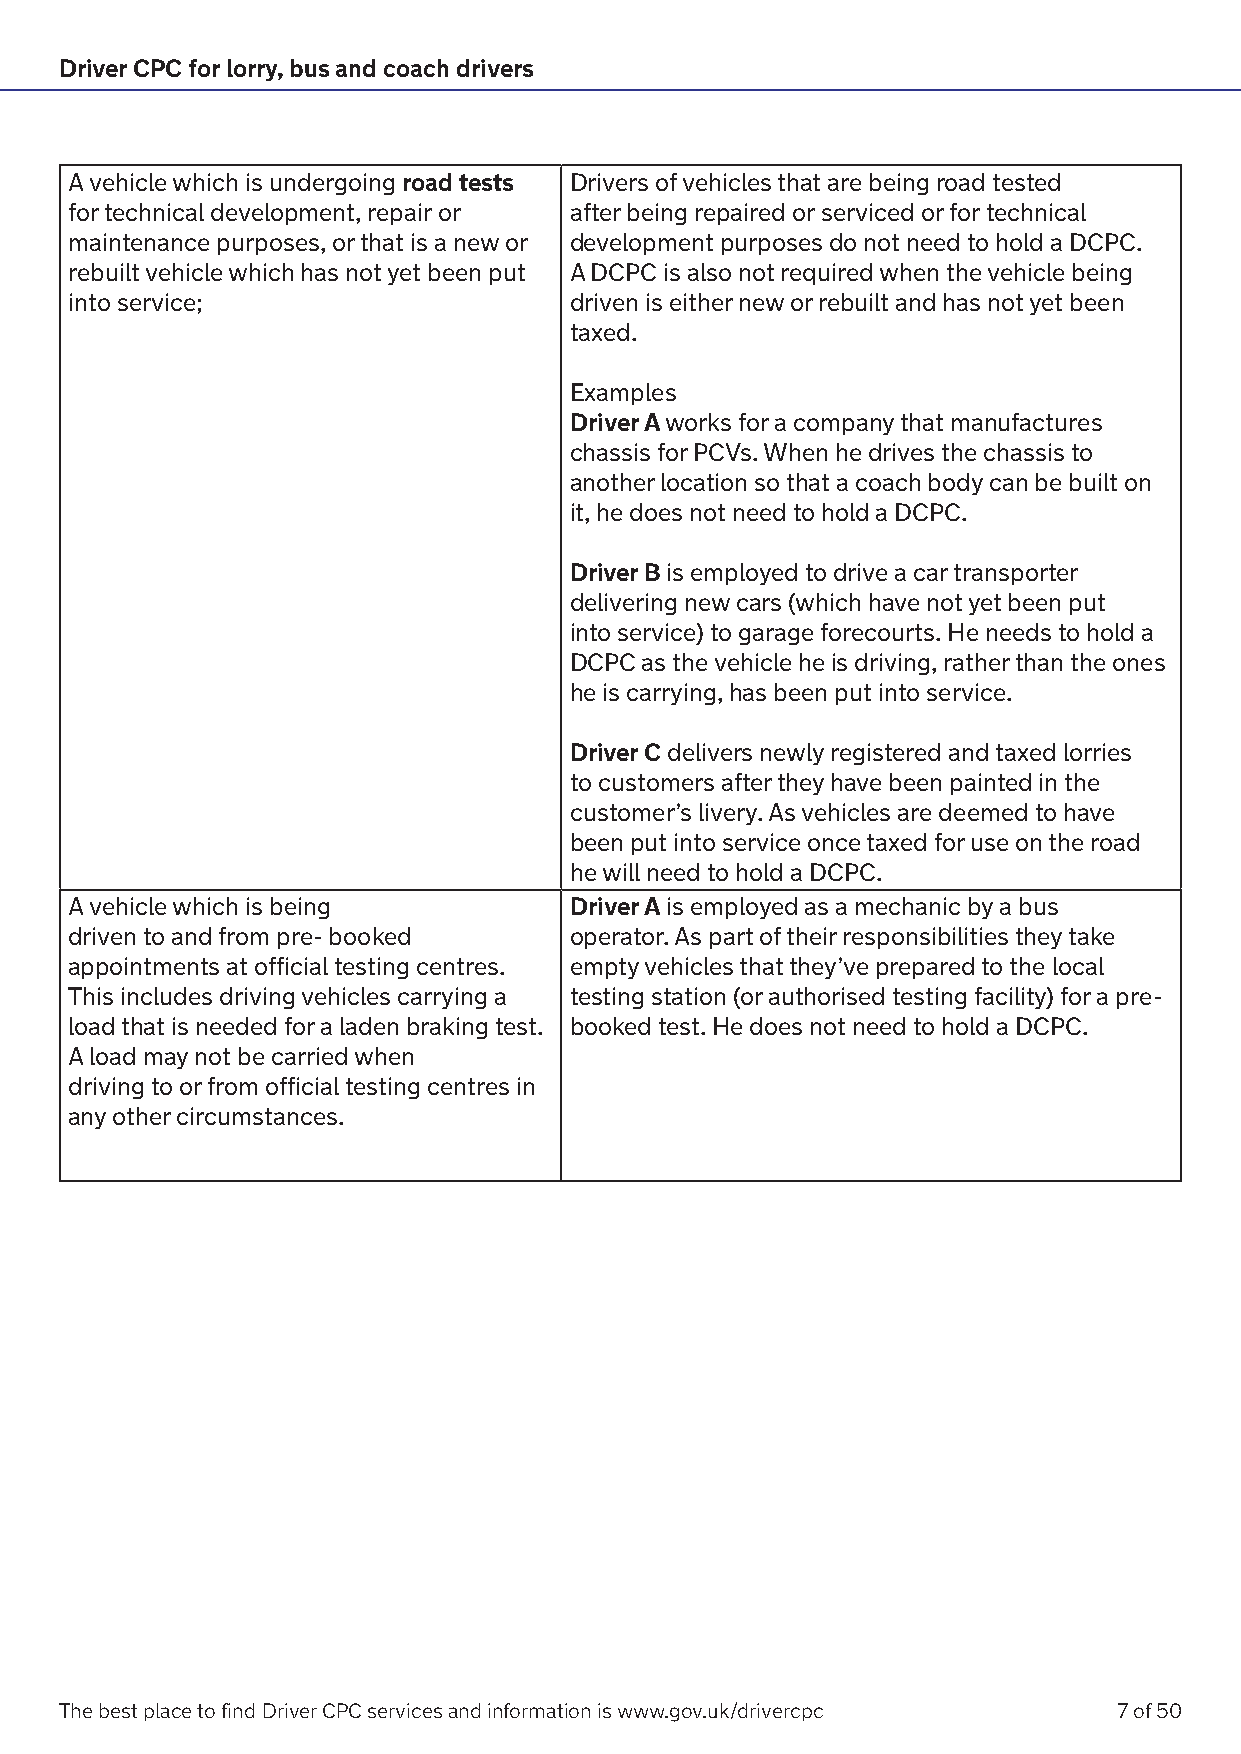
Driver CPC for lorry, bus and coach drivers
 A vehicle which is undergoing road tests Drivers of vehicles that are being road tested
 for technical development, repair or after being repaired or serviced or for technical
 maintenance purposes, or that is a new or development purposes do not need to hold a DCPC.
 rebuilt vehicle which has not yet been put A DCPC is also not required when the vehicle being
 into service;                    driven is either new or rebuilt and has not yet been
 taxed.
 Examples
 Driver A works for a company that manufactures
 chassis for PCVs. When he drives the chassis to
 another location so that a coach body can be built on
 it, he does not need to hold a DCPC.
 Driver B is employed to drive a car transporter
 delivering new cars (which have not yet been put
 into service) to garage forecourts. He needs to hold a
 DCPC as the vehicle he is driving, rather than the ones
 he is carrying, has been put into service.
 Driver C delivers newly registered and taxed lorries
 to customers after they have been painted in the
 customer’s livery. As vehicles are deemed to have
 been put into service once taxed for use on the road
 he will need to hold a DCPC.
 A vehicle which is being         Driver A is employed as a mechanic by a bus
 driven to and from pre- booked   operator. As part of their responsibilities they take
 appointments at official testing centres. empty vehicles that they’ve prepared to the local
 This includes driving vehicles carrying a testing station (or authorised testing facility) for a pre-
 load that is needed for a laden braking test. booked test. He does not need to hold a DCPC.
 A load may not be carried when
 driving to or from official testing centres in
 any other circumstances.
 The best place to find Driver CPC services and information is www.gov.uk/drivercpc 7 of 50